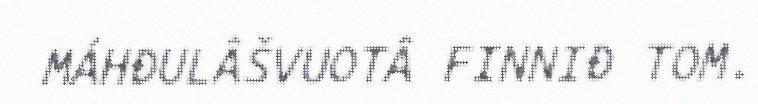
MÁHĐULÂŠVUOTÂ FINNIĐ TOM.